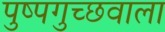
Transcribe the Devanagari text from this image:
पुष्पगुच्छवाला